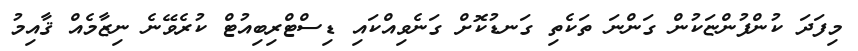
މިފަދަ ކުންފުންޏަކުން ގަންނަ ތަކެތި ގަނޑުކޮށް ގަނެވިއްކައި ޑިސްޓްރިބިއުޓް ކުރެވޭނެ ނިޒާމެއް ޤާއިމު